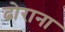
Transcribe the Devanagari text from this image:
ढोराना